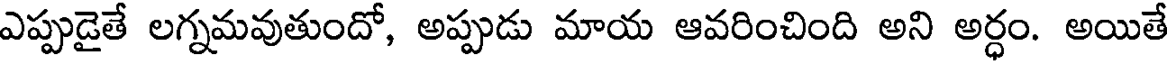
ఎప్పుడైతే లగ్నమవుతుందో, అప్పుడు మాయ ఆవరించింది అని అర్ధం. అయితే